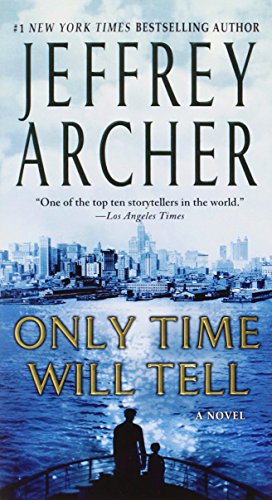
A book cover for Only Time Will Tell (The Clifton Chronicles); Jeffrey Archer; Mystery, Thriller & Suspense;